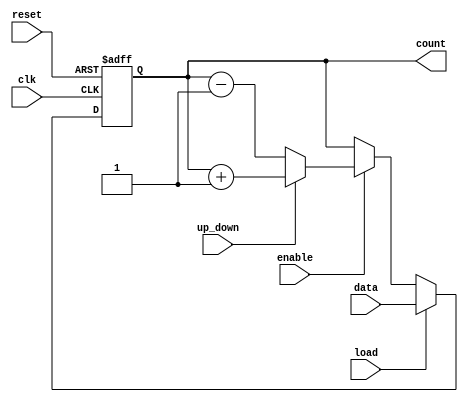
module SynchronousLoadCounter (
    input wire clk,          // Clock signal
    input wire reset,        // Asynchronous reset signal
    input wire load,         // Load signal
    input wire [N-1:0] data, // Data input for loading
    input wire enable,       // Count enable signal
    input wire up_down,      // Counting direction: 1 for up, 0 for down
    output reg [N-1:0] count // Counter output
);
    parameter N = 8; // Parameter to define the size of the counter (e.g., 8-bit)

    // Synchronous process
    always @(posedge clk or posedge reset) begin
        if (reset) begin
            count <= 0; // Reset the counter to 0
        end else if (load) begin
            count <= data; // Load the data into the counter
        end else if (enable) begin
            if (up_down) begin
                count <= count + 1; // Increment the counter
            end else begin
                count <= count - 1; // Decrement the counter
            end
        end
    end

endmodule